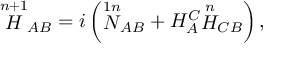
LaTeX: { \stackrel { n + 1 } { H } } _ { A B } = i \left( { \stackrel { 1 n } { N } } _ { A B } + H _ { A } ^ { C } { \stackrel { n } { H } } _ { C B } \right) ,